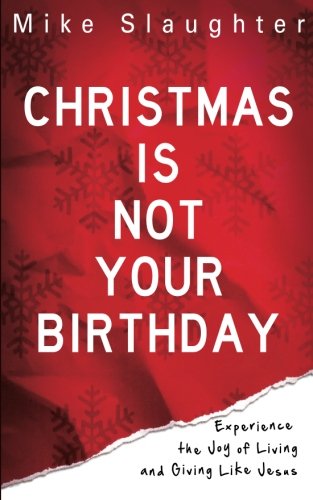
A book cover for Christmas Is Not Your Birthday: Experience the Joy of Living and Giving like Jesus; Mike Slaughter; Christian Books & Bibles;